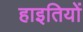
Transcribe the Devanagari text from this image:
हाइतियों